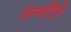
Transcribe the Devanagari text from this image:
जन्मदिने